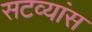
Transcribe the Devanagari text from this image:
सटव्यांस